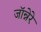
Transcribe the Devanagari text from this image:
जॉन्नेरे